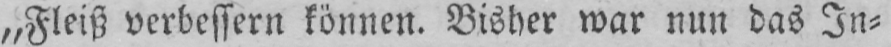
„Fleiß verbessern können. Bisher war nun das In⸗